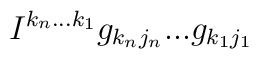
I^{k_n ... k_1} g_{k_n j_n} ... g_{k_1 j_1}